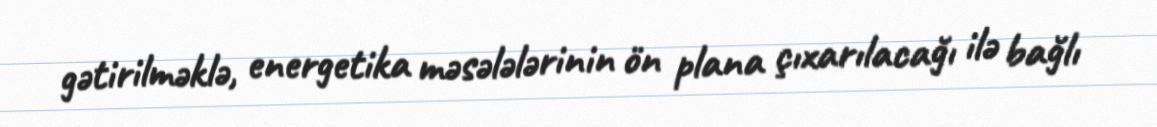
gətirilməklə, energetika məsələlərinin ön plana çıxarılacağı ilə bağlı